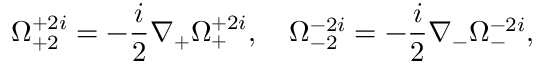
\Omega _ { + 2 } ^ { + 2 i } = - \frac { i } { 2 } \nabla _ { + } \Omega _ { + } ^ { + 2 i } , \quad \Omega _ { - 2 } ^ { - 2 i } = - \frac { i } { 2 } \nabla _ { - } \Omega _ { - } ^ { - 2 i } ,